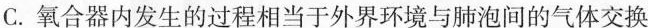
C.氧合器内发生的过程相当于外界环境与肺泡间的气体交换